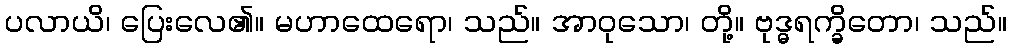
ပလာယိ၊ ပြေးလေ၏။ မဟာထေရော၊ သည်။ အာဝုသော၊ တို့။ ဗုဒ္ဓရက္ခိတော၊ သည်။